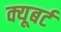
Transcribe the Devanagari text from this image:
क्यूबर्ट